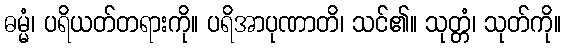
ဓမ္မံ၊ ပရိယတ်တရားကို။ ပရိအာပုဏာတိ၊ သင်၏။ သုတ္တံ၊ သုတ်ကို။